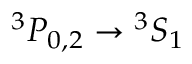
{ } ^ { 3 } P _ { 0 , 2 } \rightarrow { } ^ { 3 } S _ { 1 }